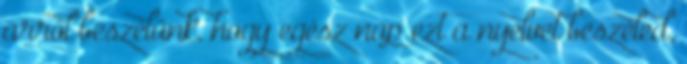
arról beszélünk, hogy egész nap ezt a nyelvet beszéled,